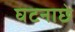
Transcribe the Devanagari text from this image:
घटनाछे